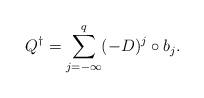
LaTeX: \begin{align*}Q^\dagger=\sum\limits_{j=-\infty}^q (-D)^j \circ b_j.\end{align*}